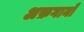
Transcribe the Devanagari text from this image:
अफ़गानो